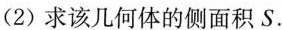
(2)求该几何体的侧面积S.